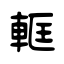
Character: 軭